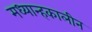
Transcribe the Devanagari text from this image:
मध्यान्हकालीन